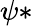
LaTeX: \psi*